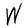
Character: W